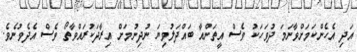
އަދި އެހެންކަމަށްވާނަމަ ދުވަހަކު ވެސް އީތަންއާ ބައްދަލުވިޔަ ނުދިނުމަށް އިރާދަކުރައްވާތޯ ވެސް އެދެވުނެވެ.